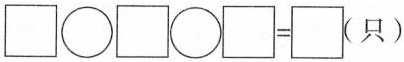
$$\square\bigcirc\square\bigcirc\square=\square（只）$$